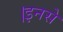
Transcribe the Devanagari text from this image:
।इनसे